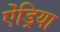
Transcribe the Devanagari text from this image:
ऐंड्रिया